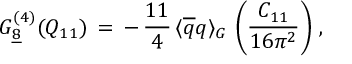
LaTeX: G _ { \underline { { { 8 } } } } ^ { ( 4 ) } ( Q _ { 1 1 } ) \, = \, - \, \frac { 1 1 } { 4 } \, \langle \overline { { { q } } } q \rangle _ { G } \, \left( \frac { C _ { 1 1 } } { 1 6 \pi ^ { 2 } } \right) \, ,